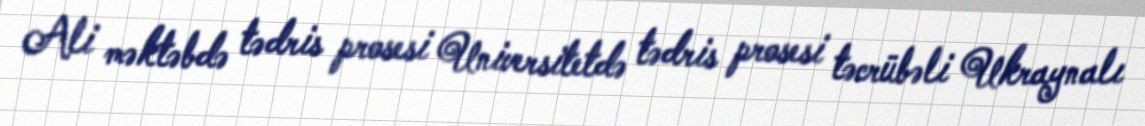
Ali məktəbdə tədris prosesi Universitetdə tədris prosesi təcrübəli Ukraynalı